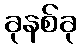
ခုနစ်ခု